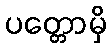
ပတ္တောမှိ